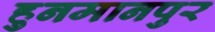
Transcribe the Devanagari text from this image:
हुनमानपुर